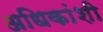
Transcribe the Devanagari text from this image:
अधिकांशी